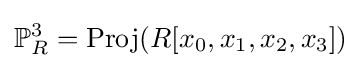
\mathbb {P} _{R}^{3}={\text{Proj}}(R[x_{0},x_{1},x_{2},x_{3}])